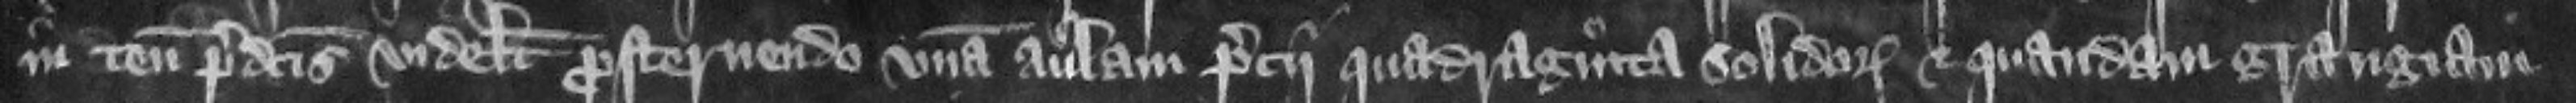
in tenementis predictis videlicet prosternendo vnam aulam precii quad-raginta solidorum et quandam grangiam